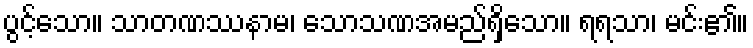
ပွင့်သော။ သာတဏဿနာမ၊ သောသဏအမည်ရှိသော။ ရရသာ၊ မင်း၏။